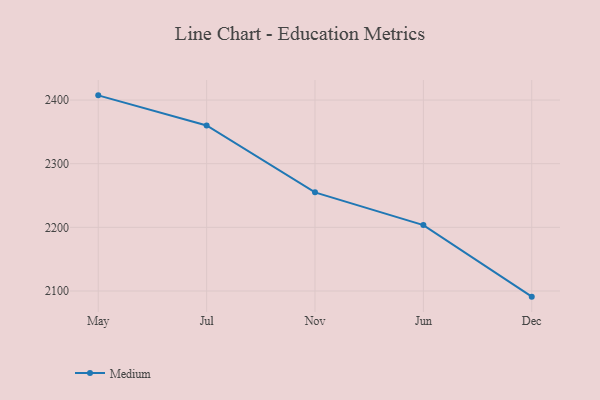
{"axis": {"x": "Month", "y": "Website Visitors"}, "legend": ["Medium"], "data": [{"x": "May", "y": 2407.4, "type": "Medium"}, {"x": "Jul", "y": 2360.0, "type": "Medium"}, {"x": "Nov", "y": 2255.0, "type": "Medium"}, {"x": "Jun", "y": 2203.5, "type": "Medium"}, {"x": "Dec", "y": 2091.1, "type": "Medium"}]}